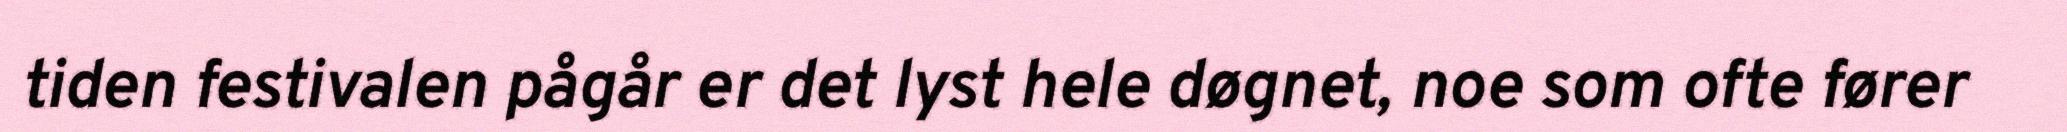
tiden festivalen pågår er det lyst hele døgnet, noe som ofte fører